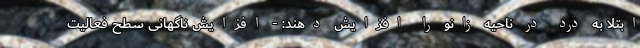
ابتلا به درد در ناحیه زانو را افزایش دهند: - افزایش ناگهانی سطح فعالیت